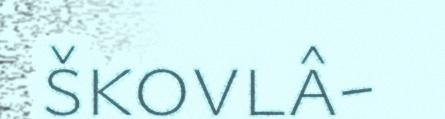
škovlâ-